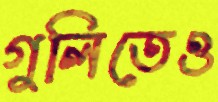
গুলিতেও